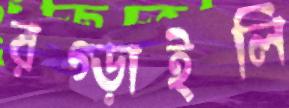
রগ্‌ড়াইলি